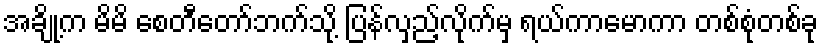
အချို့က မိမိ စေတီတော်ဘက်သို့ ပြန်လှည့်လိုက်မှ ရယ်ကာမောကာ တစ်စုံတစ်ခု